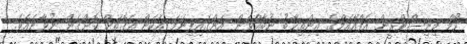
ހޯމް މިނިސްޓްރީން އެފްއޭއެމްގެ އިންތިޚާބު ނުބާއްވަން އަންގައިފިނަމަ އެކަން އެގޮތަށް ކޮށްގެން ނުވާނެއެވެ.